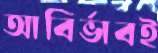
আবির্ভাবই